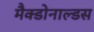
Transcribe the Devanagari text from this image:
मैक्डोनाल्डस